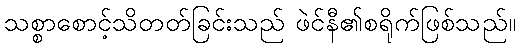
သစ္စာစောင့်သိတတ်ခြင်းသည် ဖဲင်နီ၏စရိုက်ဖြစ်သည်။